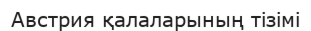
Австрия қалаларының тізімі